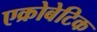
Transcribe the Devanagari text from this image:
एक्रोबेटिक